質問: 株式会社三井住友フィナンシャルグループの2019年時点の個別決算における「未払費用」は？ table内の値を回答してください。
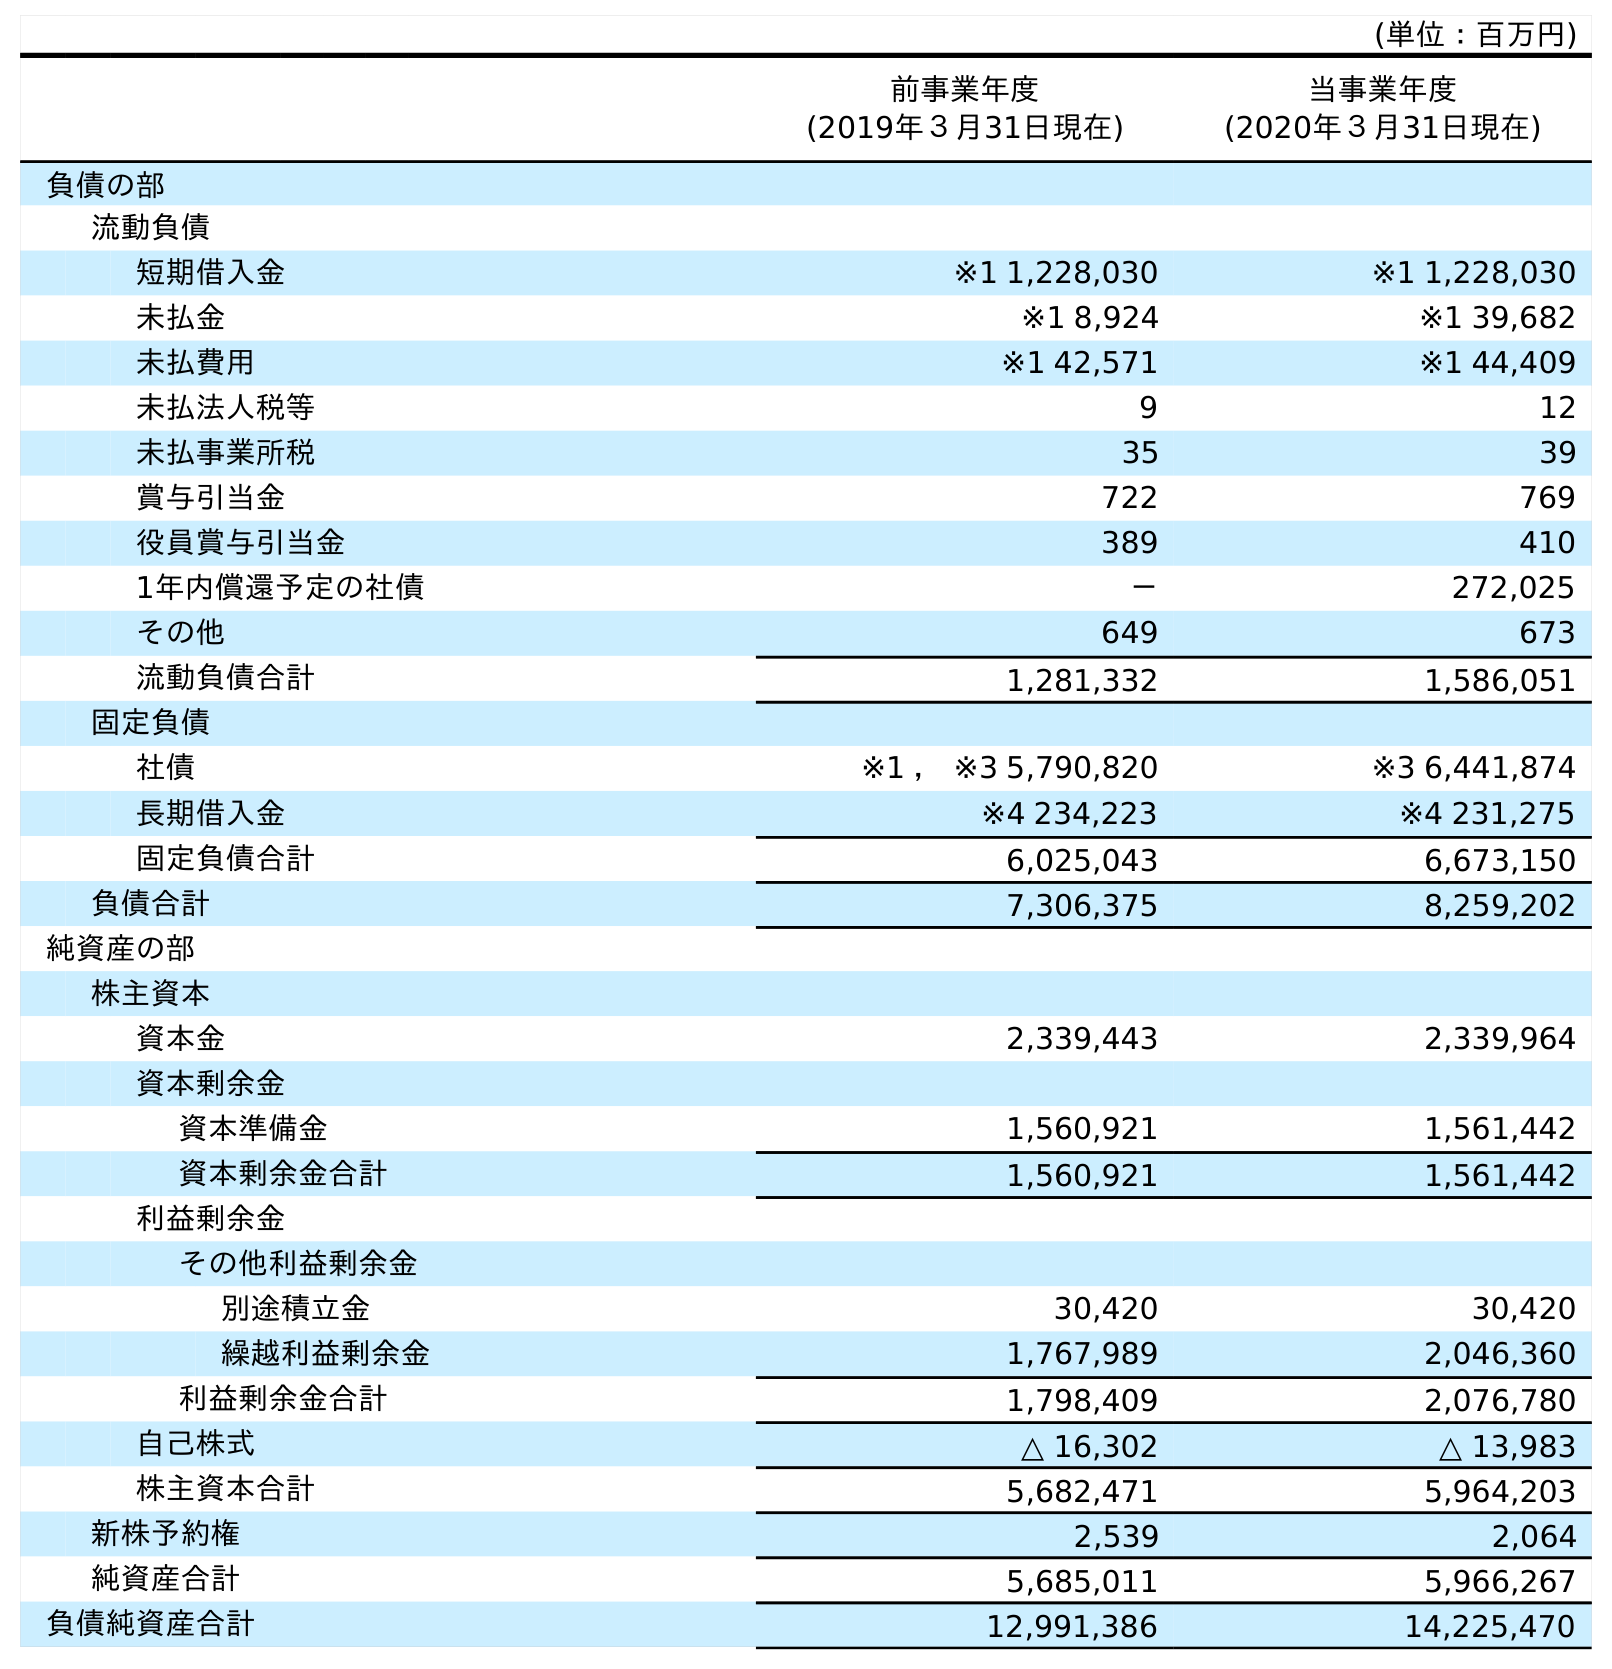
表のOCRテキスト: (単位：百万円) 前事業年度 (2019年３月31日現在) 当事業年度 (2020年３月31日現在) 負債の部 流動負債 短期借入金 ※1 1,228,030 ※1 1,228,030 未払金 ※1 8,924 ※1 39,682 未払費用 ※1 42,571 ※1 44,409 未払法人税等 9 12 未払事業所税 35 39 賞与引当金 722 769 役員賞与引当金 389 410 1年内償還予定の社債 － 272,025 その他 649 673 流動負債合計 1,281,332 1,586,051 固定負債 社債 ※1 ， ※3 5,790,820 ※3 6,441,874 長期借入金 ※4 234,223 ※4 231,275 固定負債合計 6,025,043 6,673,150 負債合計 7,306,375 8,259,202 純資産の部 株主資本 資本金 2,339,443 2,339,964 資本剰余金 資本準備金 1,560,921 1,561,442 資本剰余金合計 1,560,921 1,561,442 利益剰余金 その他利益剰余金 別途積立金 30,420 30,420 繰越利益剰余金 1,767,989 2,046,360 利益剰余金合計 1,798,409 2,076,780 自己株式 △ 16,302 △ 13,983 株主資本合計 5,682,471 5,964,203 新株予約権 2,539 2,064 純資産合計 5,685,011 5,966,267 負債純資産合計 12,991,386 14,225,470
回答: ※142,571